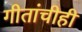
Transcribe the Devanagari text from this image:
गीतांचीही